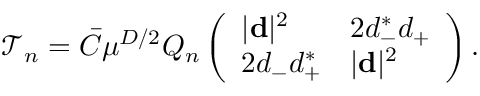
\begin{array} { r } { \mathcal { T } _ { n } = \bar { C } \mu ^ { D / 2 } Q _ { n } \left( \begin{array} { l l } { | { \bf d } | ^ { 2 } } & { 2 d _ { - } ^ { * } d _ { + } } \\ { 2 d _ { - } d _ { + } ^ { * } } & { | { \bf d } | ^ { 2 } } \end{array} \right) . } \end{array}